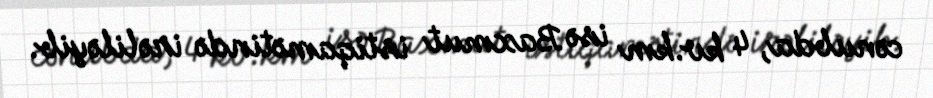
cənubda, 4 kv.km isə Baxmut istiqamətində irəliləyib.